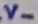
Text: V-